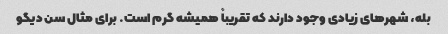
بله، شهرهای زیادی وجود دارند که تقریباً همیشه گرم است. برای مثال سن دیگو